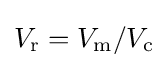
V_{\text{r}}=V_{\text{m}}/V_{\text{c}}